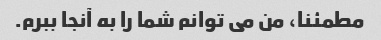
مطمئنا، من می توانم شما را به آنجا ببرم.